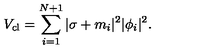
V _ { \mathrm { c l } } = \sum _ { i = 1 } ^ { N + 1 } | \sigma + m _ { i } | ^ { 2 } | \phi _ { i } | ^ { 2 } .